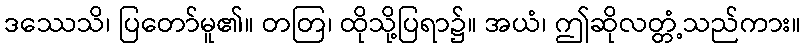
ဒဿေသိ၊ ပြတော်မူ၏။ တတြ၊ ထိုသို့ပြရာ၌။ အယံ၊ ဤဆိုလတ္တံ့သည်ကား။